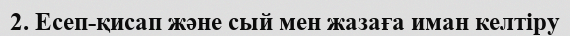
2. Есеп-қисап және сый мен жазаға иман келтіру